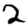
Digit: 2